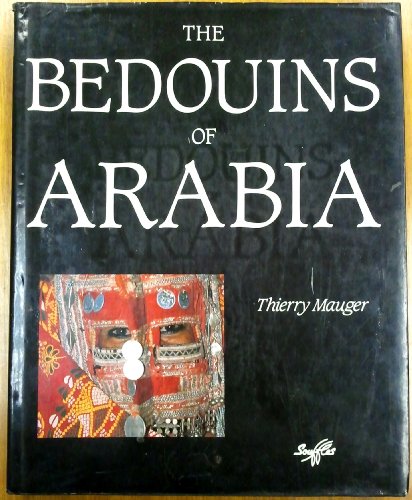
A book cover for Bedouins Of Arabia; Mauger; Travel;